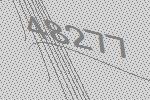
48277